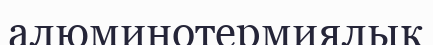
алюминотермиялық